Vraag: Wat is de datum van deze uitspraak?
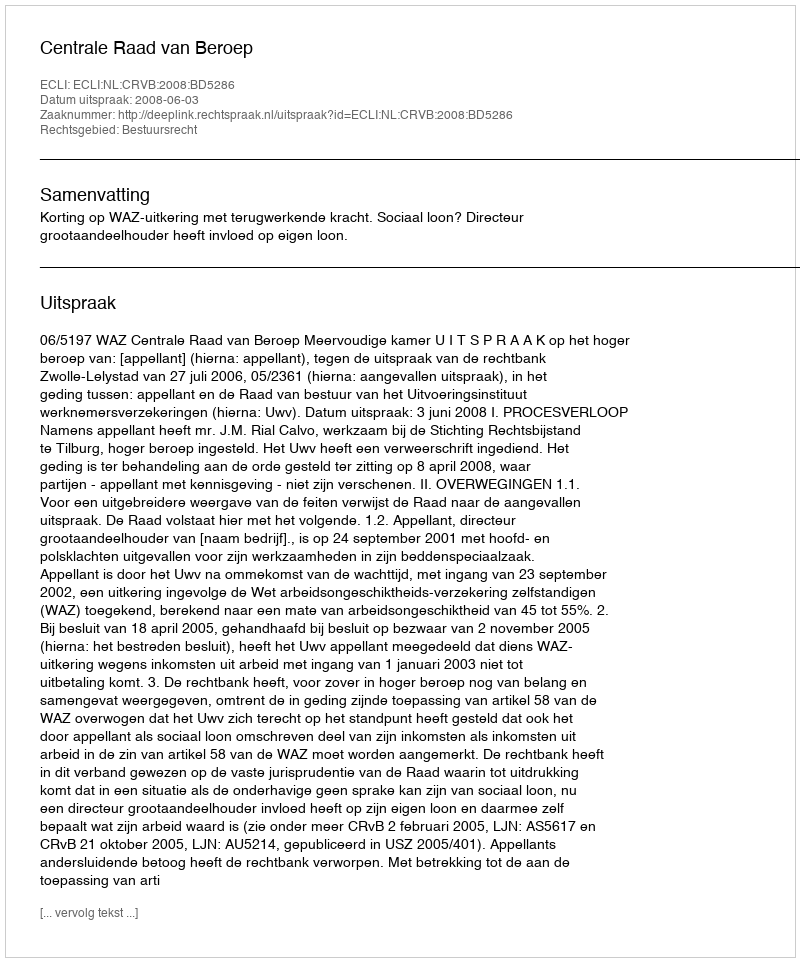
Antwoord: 2008-06-03